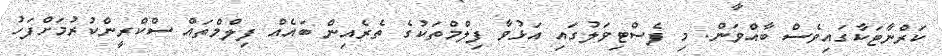
ކަރްނާޓަކާގައިވެސް ބާއްވަން. މި ފެސްޓިވަލުގައި އަޅުވާ ފިލްމްތަކުގެ ތެރެއިން ބައެއް ފިލްމްތައް ސްކްރީންކުރުމަށްފަހު